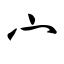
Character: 宀